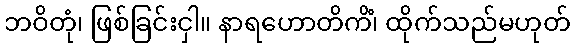
ဘဝိတုံ၊ ဖြစ်ခြင်းငှါ။ နာရဟောတိကိံ၊ ထိုက်သည်မဟုတ်